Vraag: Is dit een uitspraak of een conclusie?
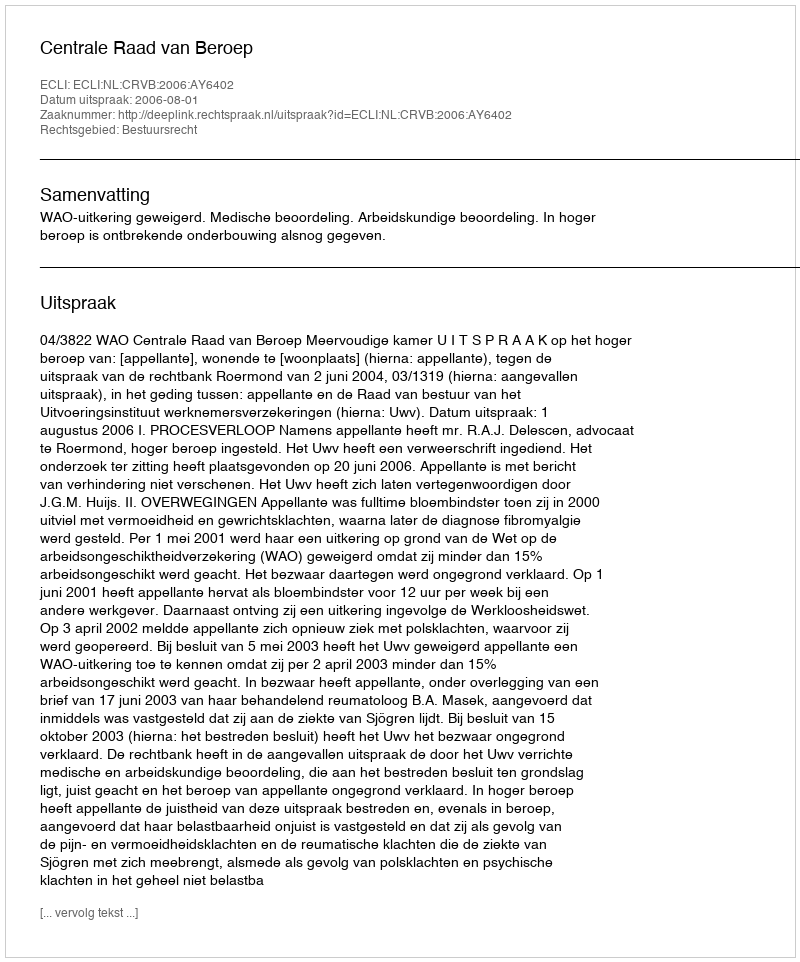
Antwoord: Uitspraak